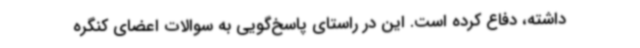
داشته، دفاع کرده است. این در راستای پاسخ‌گویی به سوالات اعضای کنگره